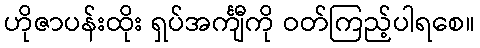
ဟိုဇာပန်းထိုး ရှပ်အင်္ကျီကို ဝတ်ကြည့်ပါရစေ။